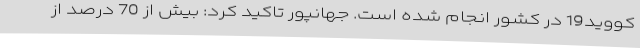
کووید19 در کشور انجام شده است. جهانپور تاکید کرد: بیش از 70 درصد از